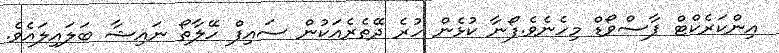
އިންކަރެކްޓް ޕާސްވޯޑް މިހެނެވެ.ފޯނާ ކުޅެން ހުރެ ދޭތެރެއަކުން ސައިފް ހޭލާތޯ ނައިޝާ ބަލައިލައެވެ.